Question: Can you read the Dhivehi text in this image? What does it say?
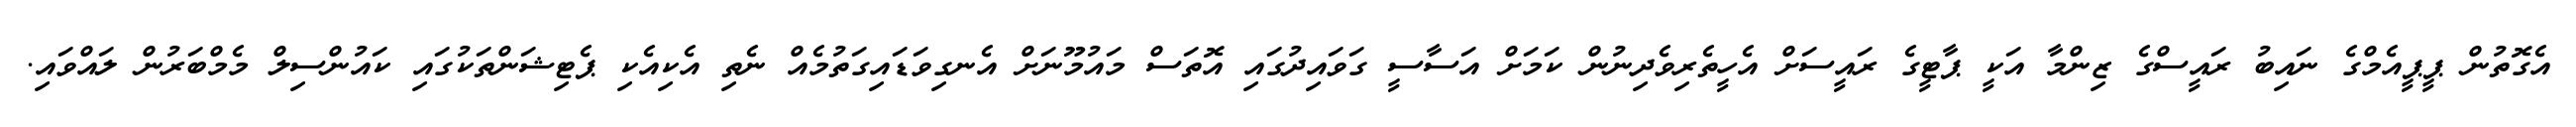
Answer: އެގޮތުން ޕީޕީއެމްގެ ނައިބު ރައީސްގެ ޒިންމާ އަކީ ޕާޓީގެ ރައީސަށް އެހީތެރިވެދިނުން ކަމަށް އަސާސީ ގަވައިދުގައި އޮތަސް މައުމޫނަށް އެނގިވަޑައިގަތުމެއް ނެތި އެކިއެކި ޕެޓިޝަންތަކުގައި ކައުންސިލް މެމްބަރުން ލައްވައި.